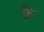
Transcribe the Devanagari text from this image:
क्रै